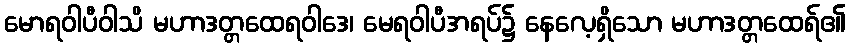
မောရဝါပီဝါသိ မဟာဒတ္တထေရဝါဒေ၊ မေရဝါပီအရပ်၌ နေလေ့ရှိသော မဟာဒတ္တထေရ်၏